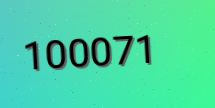
100071